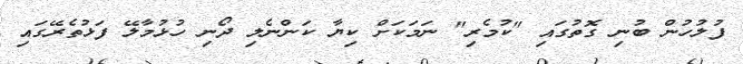
ފުލުހުން ބުނި ގޮތުގައި "ކުމެރި" ނަމަކަށް ކިޔާ ކަންނެލި ދޯނި ހުޅުމާލޭ ފަޅުތެރޭގައި